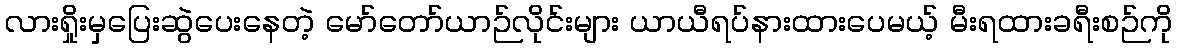
လားရှိုးမှပြေးဆွဲပေးနေတဲ့ မော်တော်ယာဉ်လိုင်းများ ယာယီရပ်နားထားပေမယ့် မီးရထားခရီးစဉ်ကို